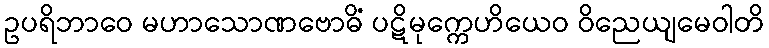
ဥပရိဘာဝေ မဟာသောဏဗောဓိံ ပဋိမုက္ကေဟိယေဝ ဝိညေယျမေဝါတိ